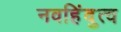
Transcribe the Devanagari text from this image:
नवहिंदुत्व